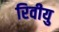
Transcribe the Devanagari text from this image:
रिवीयु